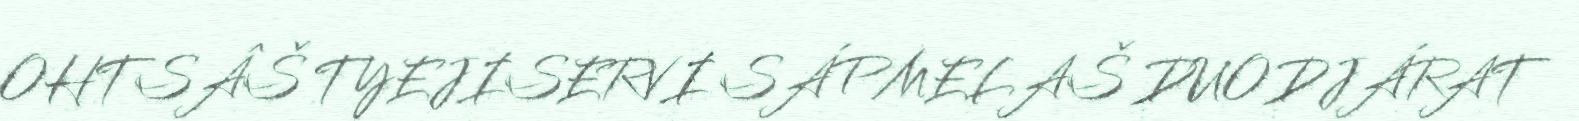
OHTSÂŠ TYEJISERVI SÁPMELAŠ DUODJÁRAT